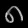
Digit: ၈